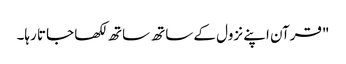
"قرآن اپنے نزول کے ساتھ ساتھ لکھا جاتا رہا۔